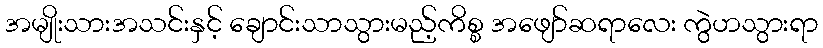
အမျိုးသားအသင်းနှင့် ချောင်းသာသွားမည့်ကိစ္စ အဖျော်ဆရာလေး ကွဲဟသွားရာ